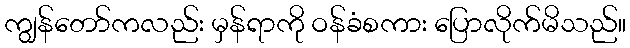
ကျွန်တော်ကလည်း မှန်ရာကို ဝန်ခံစကား ပြောလိုက်မိသည်။